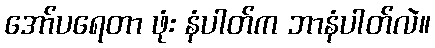
အော်ပရေတာ ဖုံး နံပါတ်က ဘာနံပါတ်လဲ။